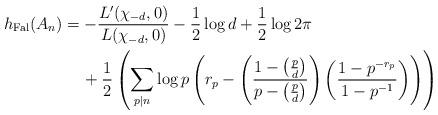
LaTeX: \begin{align*}h_{\mathrm{Fal}}(A_n) &= -\frac{L'(\chi_{-d},0)}{L(\chi_{-d},0)} - \frac{1}{2}\log d + \frac{1}{2}\log 2\pi \\&\quad\,+\frac{1}{2}\left(\sum_{p|n}\log p\left(r_p - \left(\frac{1-\left(\frac{p}{d}\right)}{p-\left(\frac{p}{d}\right)}\right)\left(\frac{1-p^{-r_p}}{1-p^{-1}}\right)\right)\right)\end{align*}